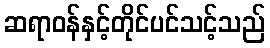
ဆရာဝန်နှင့်တိုင်ပင်သင့်သည်